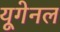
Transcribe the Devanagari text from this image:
यूगेनल